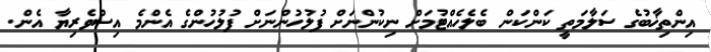
އިންތިޚާބުގެ ސަލާމަތީ ކަންކަން ބެލެހެއްޓުމަށް ނިކުންނަށް ފުލުހުންނަށް ފުލުހުންގެ އެންމެ އިސްވެރިޔާ އެން.